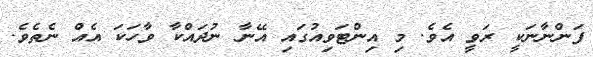
ފަންނާނަކީ ރަވީ އެވެ. މި އިންޓަވިއުގައި އޭނާ ނުދައްކާ ވާހަކަ އެއް ނެތެވެ.